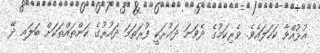
އުޅުއްވާ ކަހަލައެވެ. ވެރިކަމުގެ ދެވަނަ ދައުރަކީ ފުރަތަމަ ދައުރުގެ ކަންތައްތަކަށް ބަލައި ދޭ